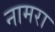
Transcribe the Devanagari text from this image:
नामरा